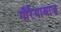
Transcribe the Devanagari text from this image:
गौरैयाबाज़